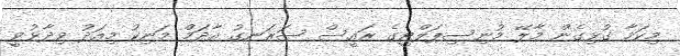
މިކަމާ ގުޅިގެން މާލޭ މުނިސިޕަލްޓީގެ ރައީސް ސަރަނގު އާދަމް މަނިކު މިއަދު ވިދާޅުވީ